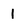
Character: 1